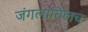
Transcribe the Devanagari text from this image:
जंगलातिलच